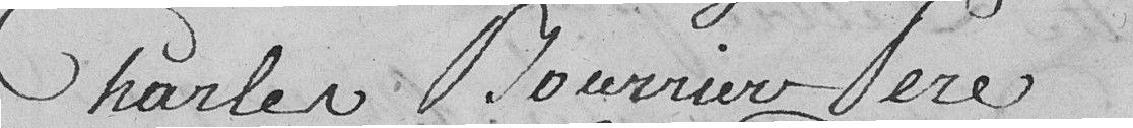
Charles Bourrier Père